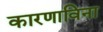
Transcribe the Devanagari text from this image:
कारणाविना